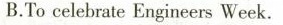
B.To celebrate Engineers Week.